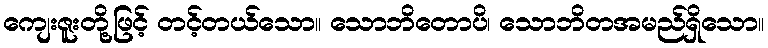
ကျေးဇူးတို့ဖြင့် တင့်တယ်သော။ သောဘိတောပိ၊ သောဘိတအမည်ရှိသော။